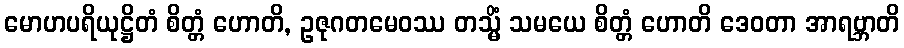
မောဟပရိယုဋ္ဌိတံ စိတ္တံ ဟောတိ, ဥဇုဂတမေဝဿ တသ္မိံ သမယေ စိတ္တံ ဟောတိ ဒေဝတာ အာရဗ္ဘာတိ